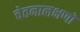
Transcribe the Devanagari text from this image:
चेतनालक्षणो